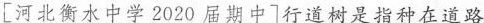
[河北衡水中学2020届期中]行道树是指种在道路